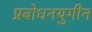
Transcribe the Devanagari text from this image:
प्रबोधनयुगीन